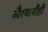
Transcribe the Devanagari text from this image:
औश्याचीही